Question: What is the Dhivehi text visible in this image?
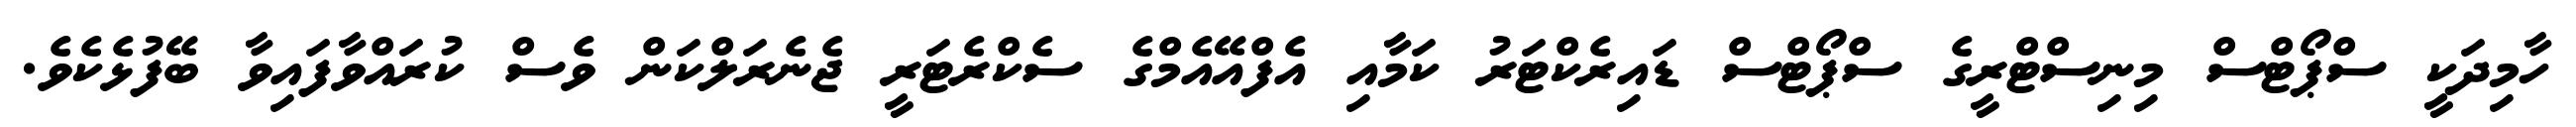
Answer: ހާމިދަކީ ސްޕޯޓްސް މިނިސްޓްރީގެ ސްޕޯޓްސް ޑައިރެކްޓަރު ކަމާއި އެފްއޭއެމްގެ ސެކްރެޓަރީ ޖެނެރަލްކަން ވެސް ކުރައްވާފައިވާ ބޭފުޅެކެވެ.